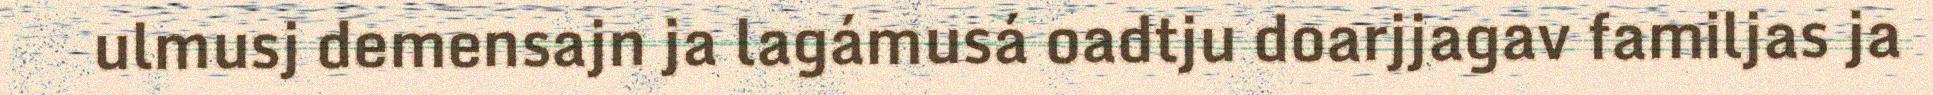
ulmusj demensajn ja lagámusá oadtju doarjjagav familjas ja